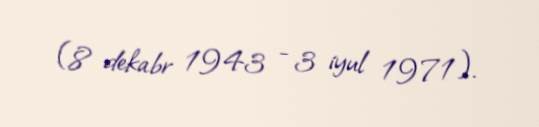
(8 dekabr 1943 - 3 iyul 1971).